Sketch of the medical history of the native army of Bombay, for the year
Year: 1872
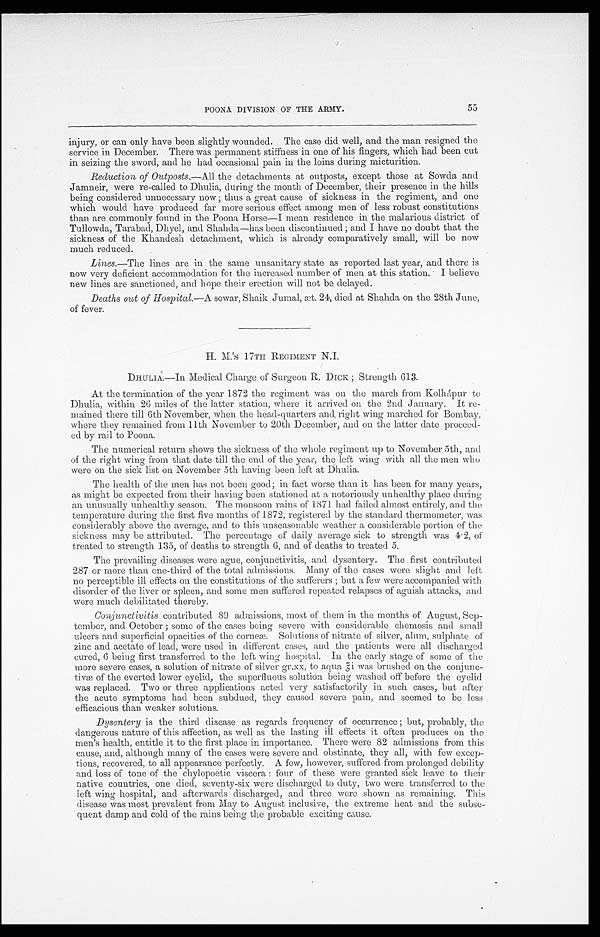
POONA DIVISION OF THE ARMY.
55
injury, or can only have been slightly wounded. The case did well, and the man resigned the
service in December. There was permanent stiffness in one of his fingers, which had been cut
in seizing the sword, and he had occasional pain in the loins during micturition.
Reduction of Outposts .—All the detachments at outposts, except those at Sowda and
Jamneir, were re-called to Dhulia, during the month of December, their presence in the hills
being considered unnecessary now; thus a great cause of sickness in the regiment, and one
which would have produced far more serious effect among men of less robust constitutions
than are commonly found in the Poona Horse—I mean residence in the malarious district of
Tullowda, Tarabad, Dhyel, and Shahda—has been discontinued; and I have no doubt that the
sickness of the Khandesh detachment, which is already comparatively small, will be now
much reduced.
Lines.—The lines are in the same unsanitary state as reported last year, and there is
now very deficient accommodation for the increased number of men at this station. I believe
new lines are sanctioned, and hope their erection will not be delayed.
Deaths out of Hospital .—A sowar, Shaik Jumal, æt. 24, died at Shahda on the 28th June,
of fever.
H. M.’S 17TH REGIMENT N.I.
DHULLA.—In Medical Charge of Surgeon R. DICK; Strength 613.
At the termination of the year 1872 the regiment was on the march from Kolhápur to
Dhulia, within 26 miles of the latter station, where it arrived on the 2nd January. It re--
mained there till 6th November, when the head-quarters and, right it wing marched for Bombay,
where they remained from 11th November to 20th December, and on the latter date proceed-
ed by rail to Poona.
The numerical return shows the sickness of the whole regiment up to November 5th, and
of the right wing from that date till the end of the year, the left wing with all the men who
were on the sick list on November 5th having been left at Dhulia.
The health of the men has not been good; in fact worse than it has been for many years,
as might be expected from their having been stationed at a notoriously unhealthy place during
an unusually unhealthy season. The monsoon rains of 1871 had failed almost entirely, and the
temperature during the first five months of 1872, registered by the standard thermometer, was
considerably above the average, and to this unseasonable weather a considerable portion of the
sickness may be attributed. The percentage of daily average sick to strength was 4.2, of
treated to strength 135, of deaths to strength 6, and of deaths to treated 5.
The prevailing diseases were ague, conjunctivitis, and dysentery. The first contributed
287 or more than one-third of the total admissions. Many of the cases were slight and left
no perceptible ill effects on the constitutions of the sufferers; but a few were accompanied with.
disorder of the liver or spleen, and some men suffered repeated relapses of aguish attacks, and
were much debilitated thereby.
Conjunctivitis contributed 89 admissions, most of them in the months of August, Sep-
tember, and October; some of the cases being severe with considerable chemosis and small
ulcers and superficial opacities of the corneæ. Solutions of nitrate of silver, alum, sulphate of
zinc and acetate of lead, were used in different cases, and the patients were all discharged
cured, 6 being first transferred to the left wing hospital. In the early stage of some of the
more severe cases, a solution of nitrate of silver gr.xx, to aqua was brushed on the conjunc-
-tivæ of the everted lower eyelid, the superfluous solution being washed off before the eyelid
was replaced. Two or three applications acted very satisfactorily in such cases, but after
the acute symptoms had been subdued, they caused severe pain, and seemed to be less
efficacious than weaker solutions.
Dysentery is the third disease as regards frequency of occurrence; but, probably, the
dangerous nature of this affection, as well as the lasting ill effects it often produces on the
men's health, entitle it to the first place in importance. There were 82 admissions from this
cause, and, although many of the cases were severe and obstinate, they all, with few excep-
tions, recovered, to all appearance perfectly. A few, however, suffered from prolonged debility
and loss of tone of the chylopoetic viscera: four of these were granted sick leave to their
native countries, one died, seventy-six were discharged to duty, two were transferred to the
left wing hospital, and afterwards discharged, and three were shown as remaining. This
disease was most prevalent from May to August inclusive, the extreme heat and the subse-
quent damp and cold of the rains being the probable exciting cause.